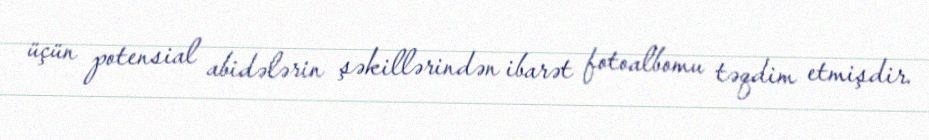
üçün potensial abidələrin şəkillərindən ibarət fotoalbomu təqdim etmişdir.